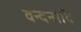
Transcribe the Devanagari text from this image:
वन्दनादि